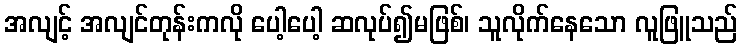
အလျင့် အလျင်တုန်းကလို ပေါ့ပေါ့ ဆလုပ်၍မဖြစ်၊ သူလိုက်နေသော လူဖြူသည်